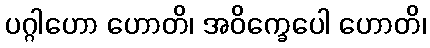
ပဂ္ဂါဟော ဟောတိ၊ အဝိက္ခေပေါ ဟောတိ၊